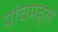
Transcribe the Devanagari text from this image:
पांचमहल